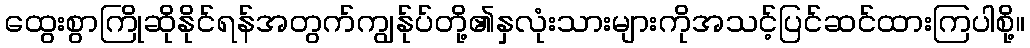
ထွေးစွာကြိုဆိုနိုင်ရန်အတွက်ကျွန်ုပ်တို့၏နှလုံးသားများကိုအသင့်ပြင်ဆင်ထားကြပါစို့။